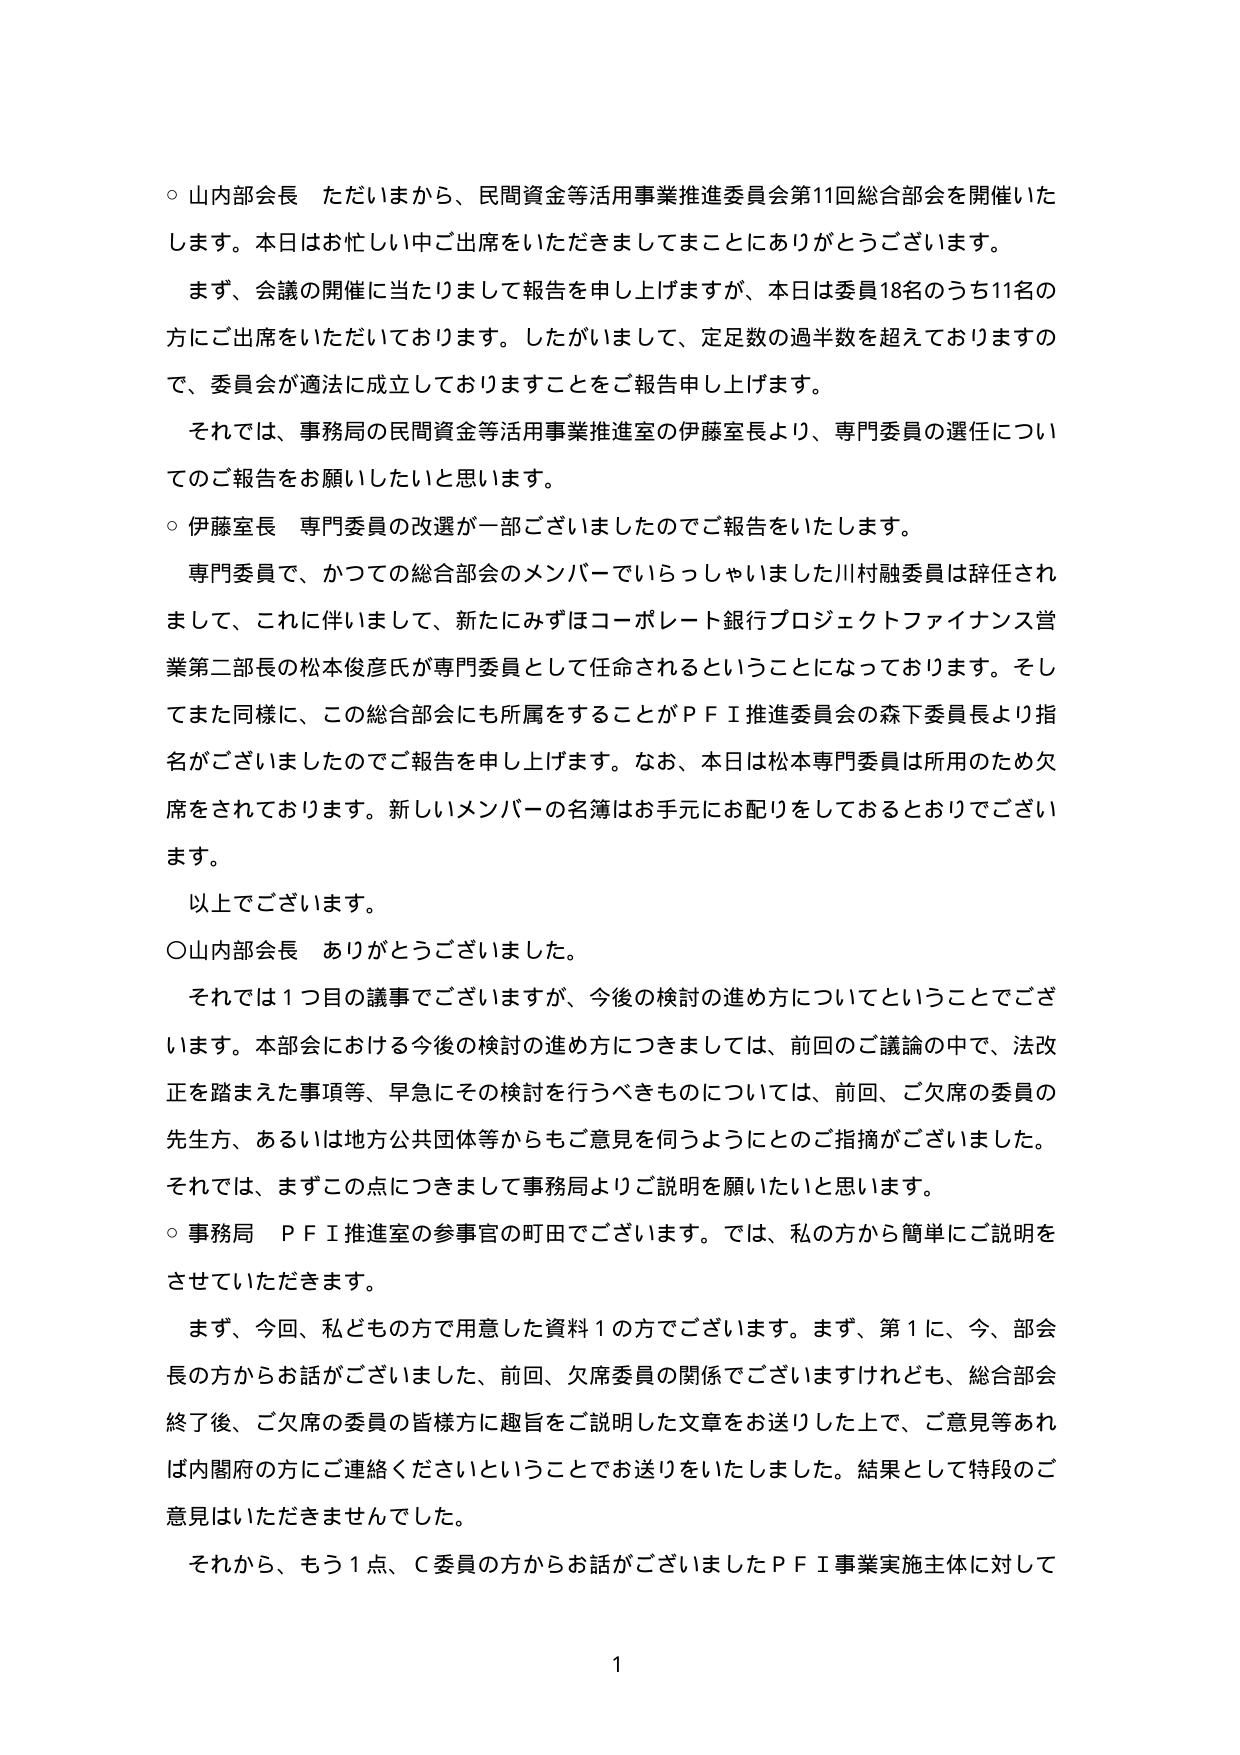
○山内部会長 ただいまから、民間資金等活用事業推進委員会第11回総合部会を開催いたします。本日はお忙しい中ご出席をいただきましてまことにありがとうございます。

まず、会議の開催に当たりまして報告を申し上げますが、本日は委員18名のうち11名の方にご出席をいただいております。したがいまして、定足数の過半数を超えておりますので、委員会が適法に成立しておりますことをご報告申し上げます。

それでは、事務局の民間資金等活用事業推進室の伊藤室長より、専門委員の選任についてのご報告をお願いしたいと思います。

○伊藤室長 専門委員の改選が一部ございましたのでご報告をいたします。

専門委員で、かつての総合部会のメンバーでいらっしゃいました川村融委員は辞任されまして、これに伴いまして、新たにみずほコーポレート銀行プロジェクトファイナンス営業第二部長の松本俊彦氏が専門委員として任命されるということになっております。そしてまた同様に、この総合部会にも所属をすることがＰＦＩ推進委員会の森下委員長より指名がございましたのでご報告を申し上げます。なお、本日は松本専門委員は所用のため欠席をされております。新しいメンバーの名簿はお手元にお配りをしておりでございます。

以上でございます。

○山内部会長 ありがとうございました。

それでは１つ目の議事でございますが、今後の検討の進め方についてということでございます。本部会における今後の検討の進め方につきましては、前回のご議論の中で、法改正を踏まえた事項等、早急にその検討を行うべきものについては、前回、ご欠席の委員の先生方、あるいは地方公共団体等からもご意見を伺うようにとのご指摘がございました。それでは、まずこの点につきまして事務局よりご説明を願いたいと思います。

○事務局 ＰＦＩ推進室の参事官の町田でございます。では、私の方から簡単にご説明をさせていただきます。

まず、今回、私どもの方で用意した資料１の方でございます。まず、第１に、今、部会長の方からお話がございました、前回、欠席委員の関係でございますけれども、総合部会終了後、ご欠席の委員の皆様方に趣旨をご説明した文章をお送りした上で、ご意見等あれば内閣府の方にご連絡くださいということでお送りをいたしました。結果として特段のご意見はいただきませんでした。

それから、もう１点、Ｃ委員の方からお話がございましたＰＦＩ事業実施主体に対して

1